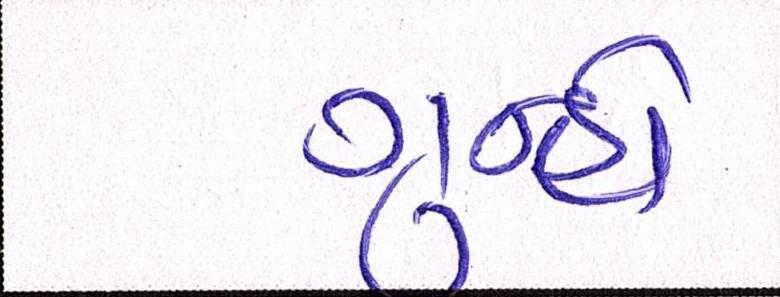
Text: ગુન્હો